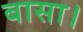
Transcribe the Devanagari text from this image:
बासा।